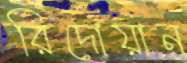
রিদোয়ান